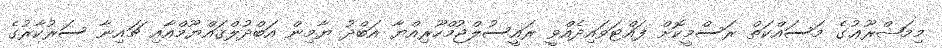
މިމަޝްރޫޢުގެ މަސައްކަތް ރަސްމީކޮށް ފައްޓަވައިދެއްވީ ރައީސުލްޖުމްހޫރިއްޔާ އަބްދު ޔާމިން އަބްދުލްޤައްޔޫމްއާއި ޗައިނާ ސަރުކާރުގެ